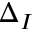
\Delta _ { I }